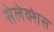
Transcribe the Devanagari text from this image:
सेलेक्शंस